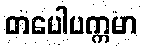
တပေါပက္ကမာ